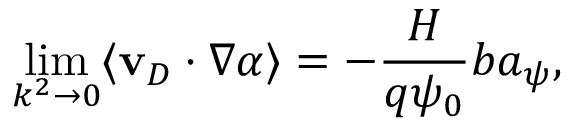
\operatorname* { l i m } _ { k ^ { 2 } \rightarrow 0 } \langle \mathbf { v } _ { D } \cdot \nabla \alpha \rangle = - \frac { H } { q \psi _ { 0 } } b a _ { \psi } ,